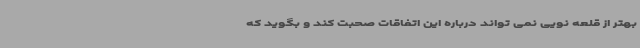
بهتر از قلعه نویی نمی تواند درباره این اتفاقات صحبت کند و بگوید که